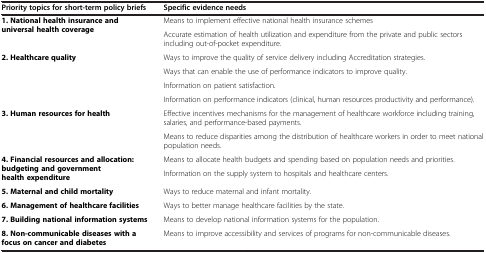
<table><thead><tr><td><b>Priority topics for short-term policy briefs</b></td><td><b>Specific evidence needs</b></td></tr></thead><tbody><tr><td rowspan="2"><b>1. National health insurance and universal health coverage</b></td><td>Means to implement effective national health insurance schemes</td></tr><tr><td>Accurate estimation of health utilization and expenditure from the private and public sectors including out-of-pocket expenditure.</td></tr><tr><td rowspan="4"><b>2. Healthcare quality</b></td><td>Ways to improve the quality of service delivery including Accreditation strategies.</td></tr><tr><td>Ways that can enable the use of performance indicators to improve quality.</td></tr><tr><td>Information on patient satisfaction.</td></tr><tr><td>Information on performance indicators (clinical, human resources productivity and performance).</td></tr><tr><td rowspan="2"><b>3. Human resources for health</b></td><td>Effective incentives mechanisms for the management of healthcare workforce including training, salaries, and performance-based payments.</td></tr><tr><td>Means to reduce disparities among the distribution of healthcare workers in order to meet national population needs.</td></tr><tr><td rowspan="2"><b>4. Financial resources and allocation: budgeting and government health expenditure</b></td><td>Means to allocate health budgets and spending based on population needs and priorities.</td></tr><tr><td>Information on the supply system to hospitals and healthcare centers.</td></tr><tr><td><b>5. Maternal and child mortality</b></td><td>Ways to reduce maternal and infant mortality.</td></tr><tr><td><b>6. Management of healthcare facilities</b></td><td>Ways to better manage healthcare facilities by the state.</td></tr><tr><td><b>7. Building national information systems</b></td><td>Means to develop national information systems for the population.</td></tr><tr><td><b>8. Non-communicable diseases with a focus on cancer and diabetes</b></td><td>Means to improve accessibility and services of programs for non-communicable diseases.</td></tr></tbody></table>